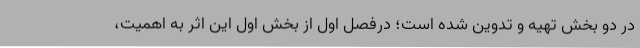
در دو بخش تهیه و تدوین شده است؛ درفصل اول از بخش اول این اثر به اهمیت،